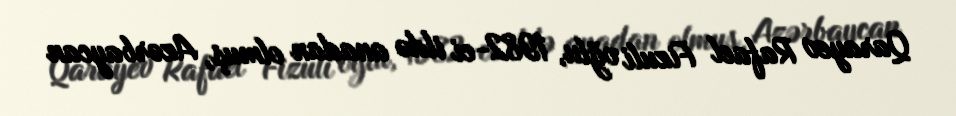
Qarayev Rafael Fizuli oğlu, 1982-ci ildə anadan olmuş, Azərbaycan